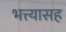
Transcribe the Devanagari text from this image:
भत्त्यासह